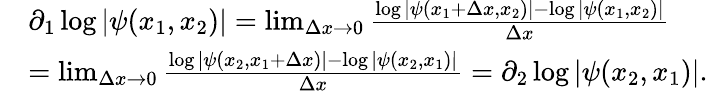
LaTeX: \begin{array}{rl}&{\partial_{1}\log|\psi(x_{1},x_{2})|=\operatorname*{lim}_{\Delta x\to 0}\frac{\log|\psi(x_{1}+\Delta x,x_{2})|-\log|\psi(x_{1},x_{2})|}{\Delta x}}\\ &{=\operatorname*{lim}_{\Delta x\to 0}\frac{\log|\psi(x_{2},x_{1}+\Delta x)|-\log|\psi(x_{2},x_{1})|}{\Delta x}=\partial_{2}\log|\psi(x_{2},x_{1})|.}\end{array}